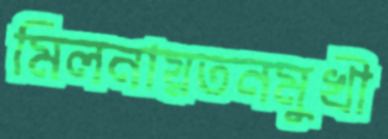
মিলনায়তনমুখী